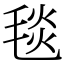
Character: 毯